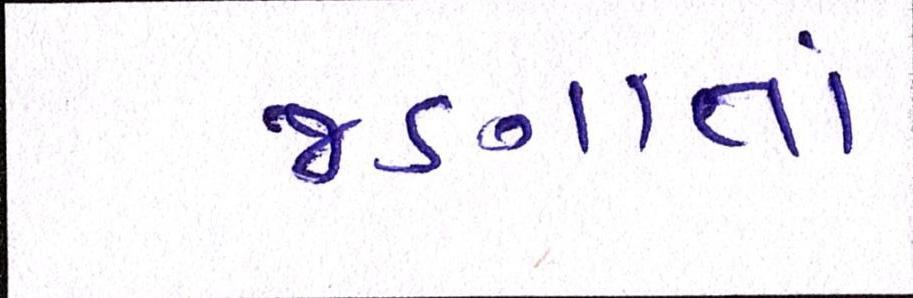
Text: જણાતાં